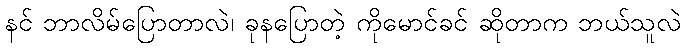
နင် ဘာလိမ်ပြောတာလဲ၊ ခုနပြောတဲ့ ကိုမောင်ခင် ဆိုတာက ဘယ်သူလဲ